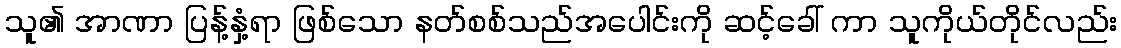
သူ၏ အာဏာ ပြန့်နှံ့ရာ ဖြစ်သော နတ်စစ်သည်အပေါင်းကို ဆင့်ခေါ် ကာ သူကိုယ်တိုင်လည်း